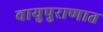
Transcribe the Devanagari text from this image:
वायुपुराणात